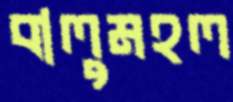
বালুমহল